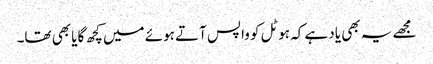
مجھے یہ بھی یاد ہے کہ ہوٹل کو واپس آتے ہوئے میں کچھ گایا بھی تھا۔